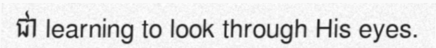
ជា learning to look through His eyes.